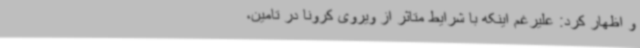
و اظهار کرد: علیرغم اینکه با شرایط متاثر از ویروی کرونا در تامین،